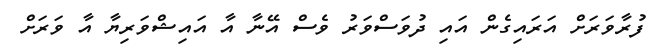
ފުރާވަރަށް އަރައިގެން އައި ދުވަސްވަރު ވެސް އޭނާ އާ އައިޝްވަރިޔާ އާ ވަރަށް